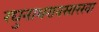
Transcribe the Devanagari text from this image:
रघुनाथरावसारखा